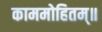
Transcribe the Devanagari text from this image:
काममोहितम्॥